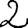
Digit: 2